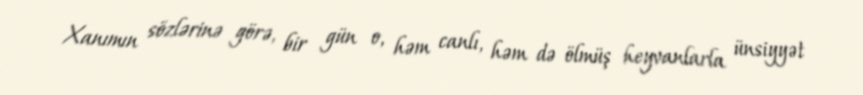
Xanımın sözlərinə görə, bir gün o, həm canlı, həm də ölmüş heyvanlarla ünsiyyət